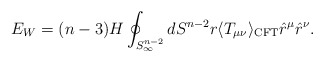
\begin{align*}E_W=(n-3)H\oint_{S_\infty^{n-2}} dS^{n-2}r \langle T_{\mu\nu} \rangle_{\rm CFT}\hat r^\mu \hat r^\nu.\end{align*}